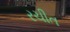
રચીત